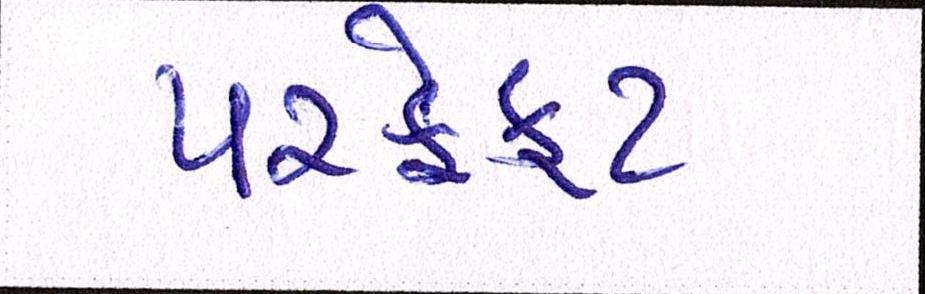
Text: પરફેક્ટ